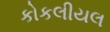
કોકલીયલ